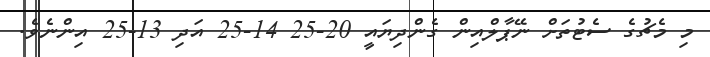
މި މެޗުގެ ސެޓުތަށް ނޭޕާލްއިން ގެންދިޔައީ 20-25 14-25 އަދި 13-25 އިންނެވެ.